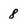
Character: 8